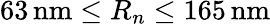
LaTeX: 63\, \mathrm{{nm}}\le R_{n}\le 165\, \mathrm{{nm}}